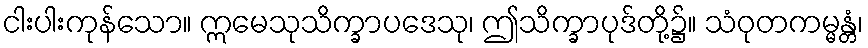
ငါးပါးကုန်သော။ ဣမေသုသိက္ခာပဒေသု၊ ဤသိက္ခာပုဒ်တို့၌။ သံဝုတကမ္မန္တံ၊